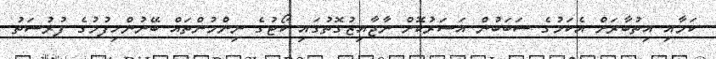
ކަމާއި އިތުބާރަށް އެކަމުގެ ސަބަބުން އަސަރުކޮށް ނާޖާއިޒުގޮތުގައި ކޯޓުގެ ނިންމުންތައް ބޭނުންހިފުމުގެ ފުރުސަތު